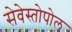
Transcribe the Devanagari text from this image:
सेवेस्तोपोल